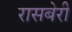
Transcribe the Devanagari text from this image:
रासबेरी